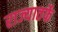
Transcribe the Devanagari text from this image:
राज्यातर्फे